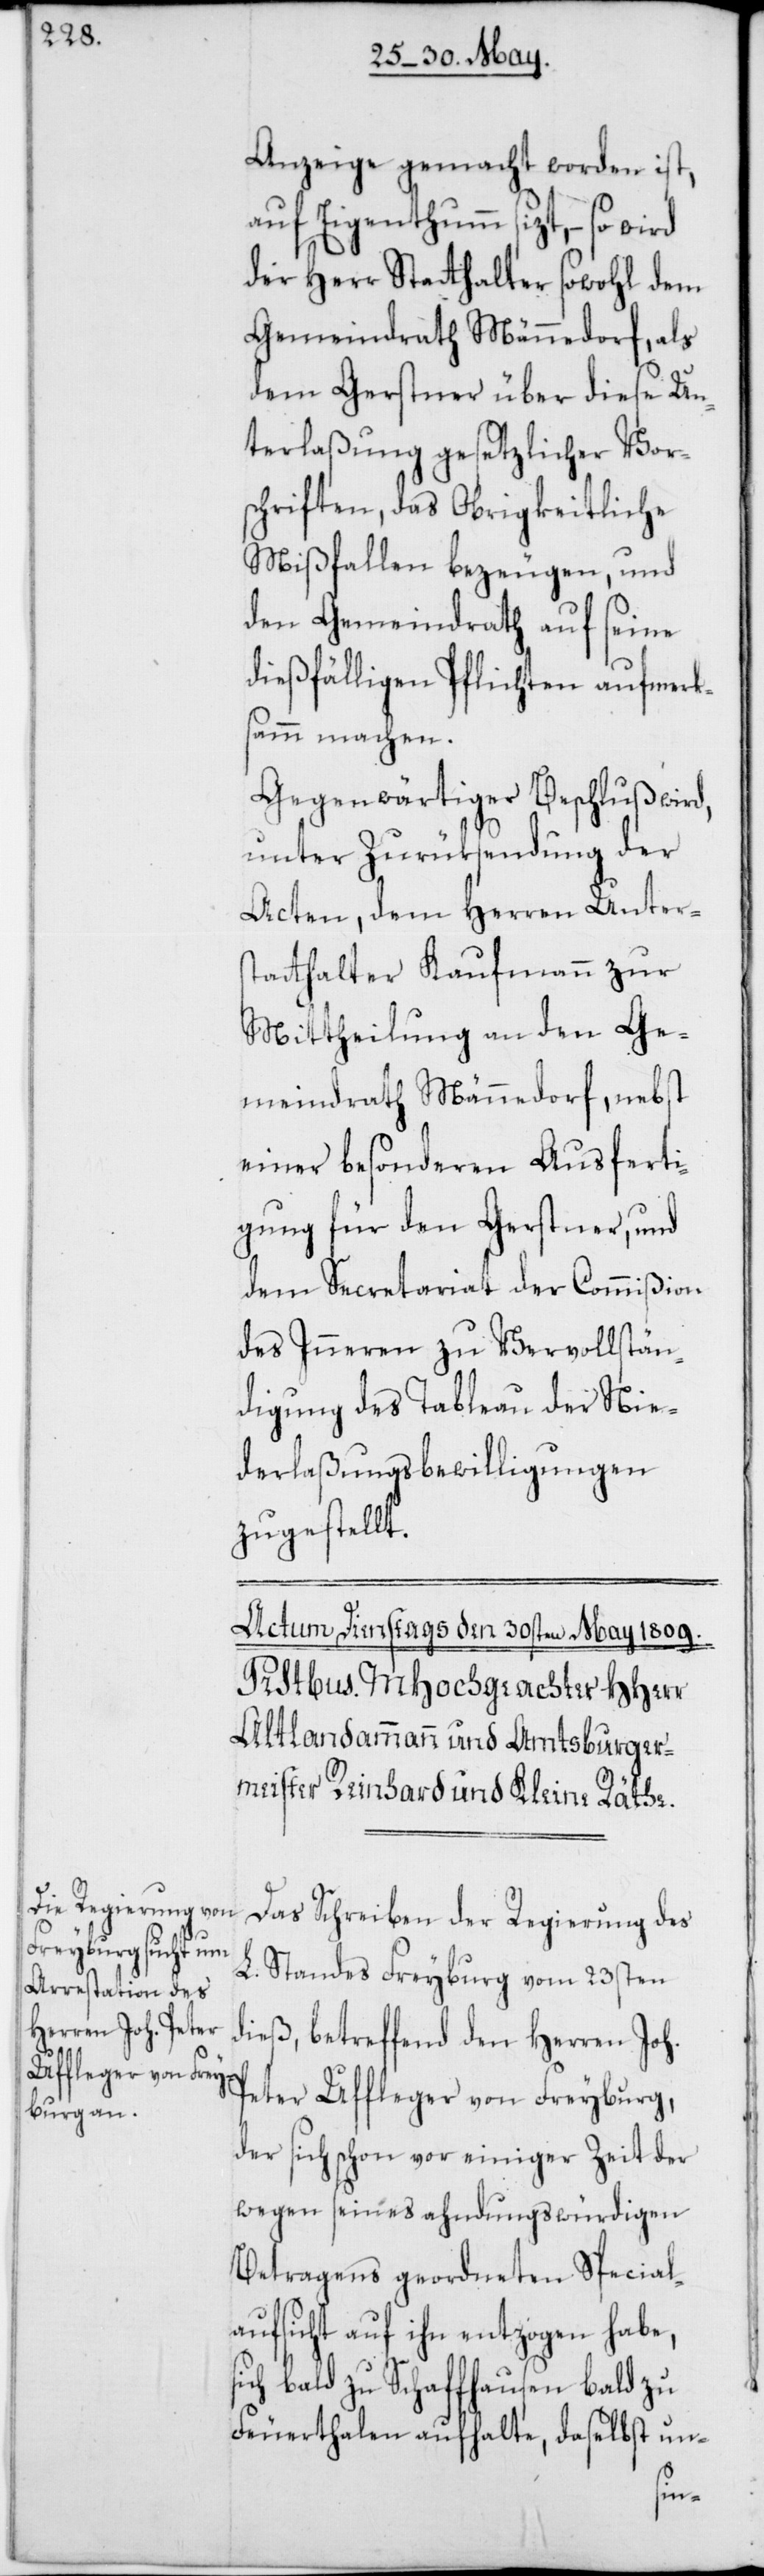
s¬

Anzeige gemacht worden ist,
auf Eigenthum sizt, – so wird
der Herr Stathalter sowohl dem
Gemeindrath Männedorf, als
dem Gerstner über diese Un¬
terlaßung gesetzlicher Vor¬
schriften, das Obrigkeitliche
Mißfallen bezeugen, und
den Gemeindrath auf seine
dießfälligen Pflichten aufmerk¬
sam machen.
Gegenwärtiger Beschluß wird,
unter Zurüksendung der
Acten, dem Herren Unter¬
statthalter Kaufmann zur
Mittheilung an den Ge¬
meindrath Männedorf, nebst
einer besonderen Ausferti¬
gung für den Gerstner, und
dem Secretariat der Commißion
des Inneren zu Vervollstän¬
digung des Tableau der Nie¬
derlaßungsbewilligungen
zugestellt.
Das Schreiben der Regierung des
L. Standes Freyburg vom 23sten
dieß, betreffend den Herren Joh.
Peter Uffleger von Freyburg,
der sich schon vor einiger Zeit der
wegen seines ahndungswürdigen
Betragens geordneten Special¬
aufsicht auf ihn entzogen habe,
ich bald zu Schaffhausen, bald zu
Feuerthalen aufhalte, daselbst un-